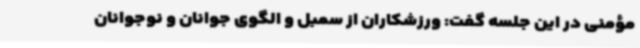
مؤمنی در این جلسه گفت: ورزشکاران از سمبل‌ و الگوی جوانان و نوجوانان